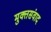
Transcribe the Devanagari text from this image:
मुक्तसंवाद